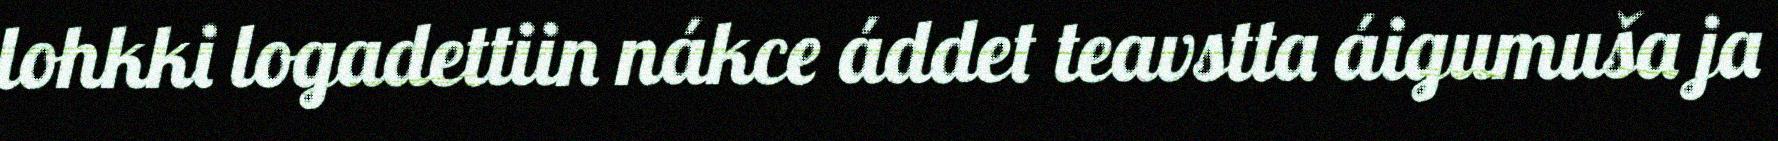
lohkki logadettiin nákce áddet teavstta áigumuša ja